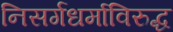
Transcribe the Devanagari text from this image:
निसर्गधर्माविरुद्ध